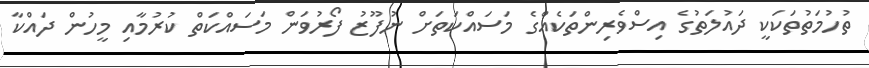
ތުހުމަތުތަކަކީ ދައުލަތުގެ އިސްވެރިންތަކެއްގެ މަސައްކަތަށް ނުފޫޒު ފޯރުވަން މަސައްކަތް ކުރުމާއި މީހުން ދައްކާ